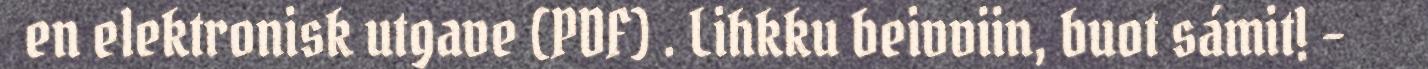
en elektronisk utgave (PDF) . Lihkku beivviin, buot sámit! -